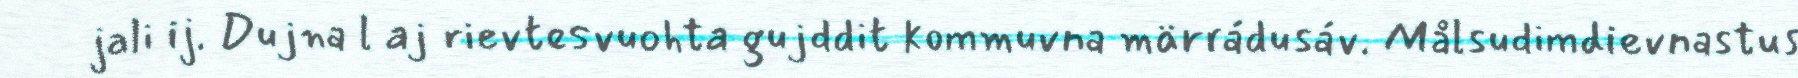
jali ij. Dujna l aj rievtesvuohta gujddit kommuvna märrádusáv. Målsudimdievnastus